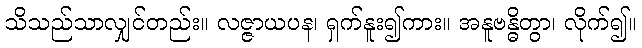
သိသည်သာလျှင်တည်း။ လဇ္ဇာယပန၊ ရှက်နူး၍ကား။ အနူဗန္ဓိတွာ၊ လိုက်၍။